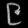
Digit: ၉